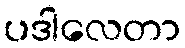
ပဒါလေတာ